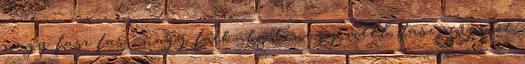
nagy fasz fasz, nagy farkukat, nagy mell, fasz surprize